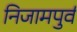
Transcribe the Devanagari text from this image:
निजामपुर्व